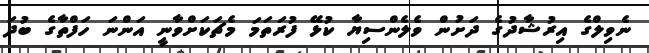
ނެވިލްގެ އިރުޝާދުގެ ދަށުން ވެލެންސިޔާ ކުޅޭ ފުރަތަމަ މެޗަކަށްވާނީ އަންނަ ހަފްތާގެ ބުދަ